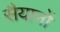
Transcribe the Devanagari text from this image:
सैयानों